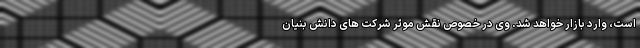
است، وارد بازار خواهد شد. وی در خصوص نقش موثر شرکت های دانش بنیان